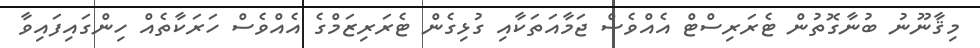
މިޤާނޫނު ބުނާގޮތުން ޓެރަރިސްޓް އެއްވެސް ޖަމާއަތަކާއި ގުޅިގެން ޓެރަރިޒަމްގެ އެއްވެސް ހަރަކާތެއް ހިންގައިފައިވާ